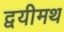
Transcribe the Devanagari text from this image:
द्वयीमथ